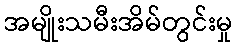
အမျိုးသမီးအိမ်တွင်းမှု